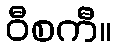
ဝီစကီ။